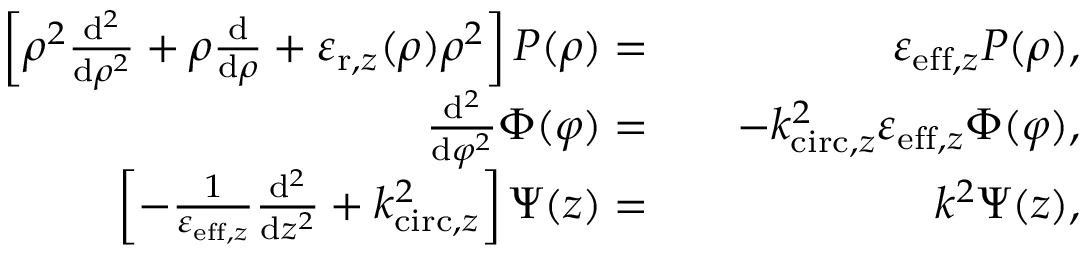
\begin{array} { r l r } { \left[ \rho ^ { 2 } \frac { \mathrm { d } ^ { 2 } } { \mathrm { d } \rho ^ { 2 } } + \rho \frac { \mathrm { d } } { \mathrm { d } \rho } + \varepsilon _ { \mathrm { r } , z } ( \rho ) \rho ^ { 2 } \right] P ( \rho ) = } & { } & { \varepsilon _ { \mathrm { e f f , } z } P ( \rho ) , } \\ { \frac { \mathrm { d } ^ { 2 } } { \mathrm { d } \varphi ^ { 2 } } \Phi ( \varphi ) = } & { } & { - k _ { \mathrm { c i r c , } z } ^ { 2 } \varepsilon _ { \mathrm { e f f , } z } \Phi ( \varphi ) , } \\ { \left[ - \frac { 1 } { \varepsilon _ { \mathrm { e f f , } z } } \frac { \mathrm { d } ^ { 2 } } { \mathrm { d } z ^ { 2 } } + k _ { \mathrm { c i r c , } z } ^ { 2 } \right] \Psi ( z ) = } & { } & { k ^ { 2 } \Psi ( z ) , } \end{array}